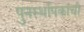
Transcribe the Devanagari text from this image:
पुनर्स्थापकांची